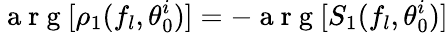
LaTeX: \mathrm{~a~r~g~}[\rho_{1}(f_{l},\theta_{0}^{i})]=-\mathrm{~a~r~g~}[S_{1}(f_{l},\theta_{0}^{i})]